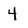
Character: 4